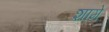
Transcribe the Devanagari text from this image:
शामे